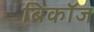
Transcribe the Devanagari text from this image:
बिकॉज